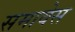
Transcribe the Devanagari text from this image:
समावेस